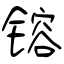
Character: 镕